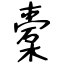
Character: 橐